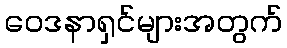
ဝေဒနာရှင်များအတွက်